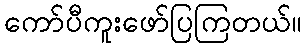
ကော်ပီကူးဖော်ပြကြတယ်။